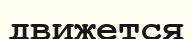
движется